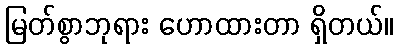
မြတ်စွာဘုရား ဟောထားတာ ရှိတယ်။